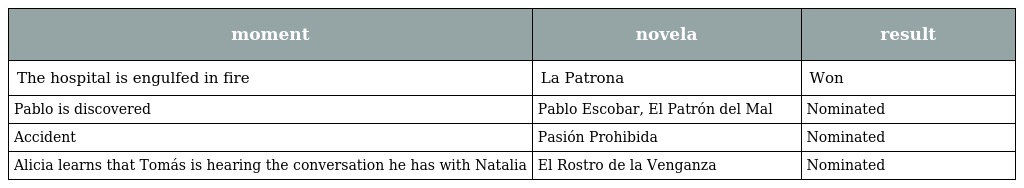
| moment | novela | result |
 | --- | --- | --- |
 | The hospital is engulfed in fire | La Patrona | Won |
 | Pablo is discovered | Pablo Escobar, El Patrón del Mal | Nominated |
 | Accident | Pasión Prohibida | Nominated |
 | Alicia learns that Tomás is hearing the conversation he has with Natalia | El Rostro de la Venganza | Nominated |